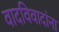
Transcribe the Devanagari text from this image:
वादविवादांना